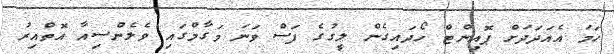
ހަމަ އެއަދަދަށް ޕޮއިންޓް ހޯދައިގެން ލީގުގެ ފަސް ވަނަ މަގާމްގައި ވެލެންސިއާ އޮތްއިރު